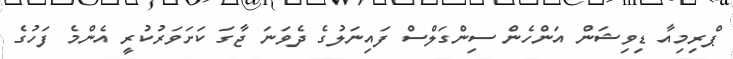
ޕްރިމިއާ ޑިވިޝަން އަންހެން ސިންގަލްސް ފައިނަލުގެ ދެވަނަ ޖާގަ ކަށަވަރުކުރީ އެންމެ ފަހުގެ